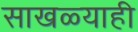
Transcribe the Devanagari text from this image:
साखळ्याही